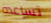
تساعده